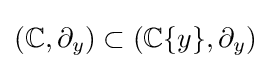
{\textstyle (\mathbb {C} ,\partial _{y})\subset (\mathbb {C} \{y\},\partial _{y})}